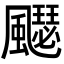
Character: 飋